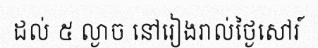
ដល់ ៥ ល្ងាច នៅរៀងរាល់ថ្ងៃសៅរ៍